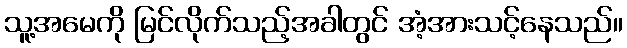
သူ့အမေကို မြင်လိုက်သည့်အခါတွင် အံ့အားသင့်နေသည်။